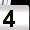
Digit: 4